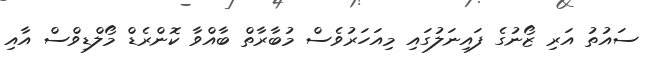
ސައުތު އަރި ޒޯނުގެ ފައިނަލުގައި މިއަހަރުވެސް މުބާރާތް ބާއްވާ ކޮންރެޑް މޯލްޑިވްސް އާއި